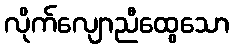
လိုက်လျောညီထွေသော